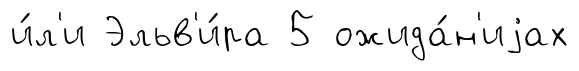
и́л'и Эльв'и́ра 5 ожида́н'иjах